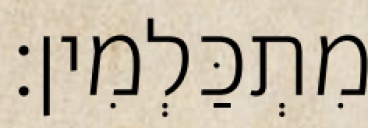
מִתְכַּלְמִין׃